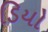
ડિયો